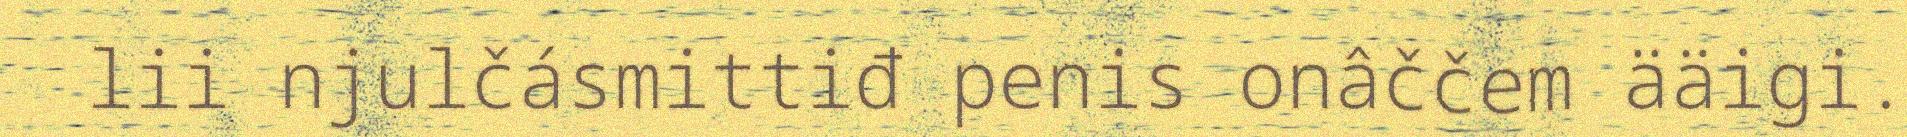
lii njulčásmittiđ penis onâččem ääigi.